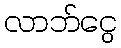
လာဘ်ငွေ